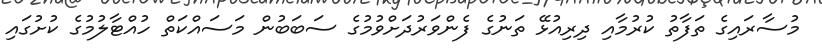
މުސާރައިގެ ތަފާތު ކުރުމާއި ދިރިއުޅޭ ތަނުގެ ފެންވަރުދަށްވުމުގެ ސަބަބުން މަސައްކަތް ހުއްޓާލުމުގެ ކުށުގައި